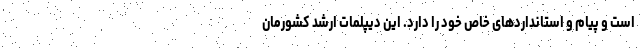
است و پیام و استانداردهای خاص خود را دارد. این دیپلمات ارشد کشورمان